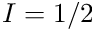
I = 1 / 2